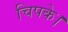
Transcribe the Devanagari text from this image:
चिपके।